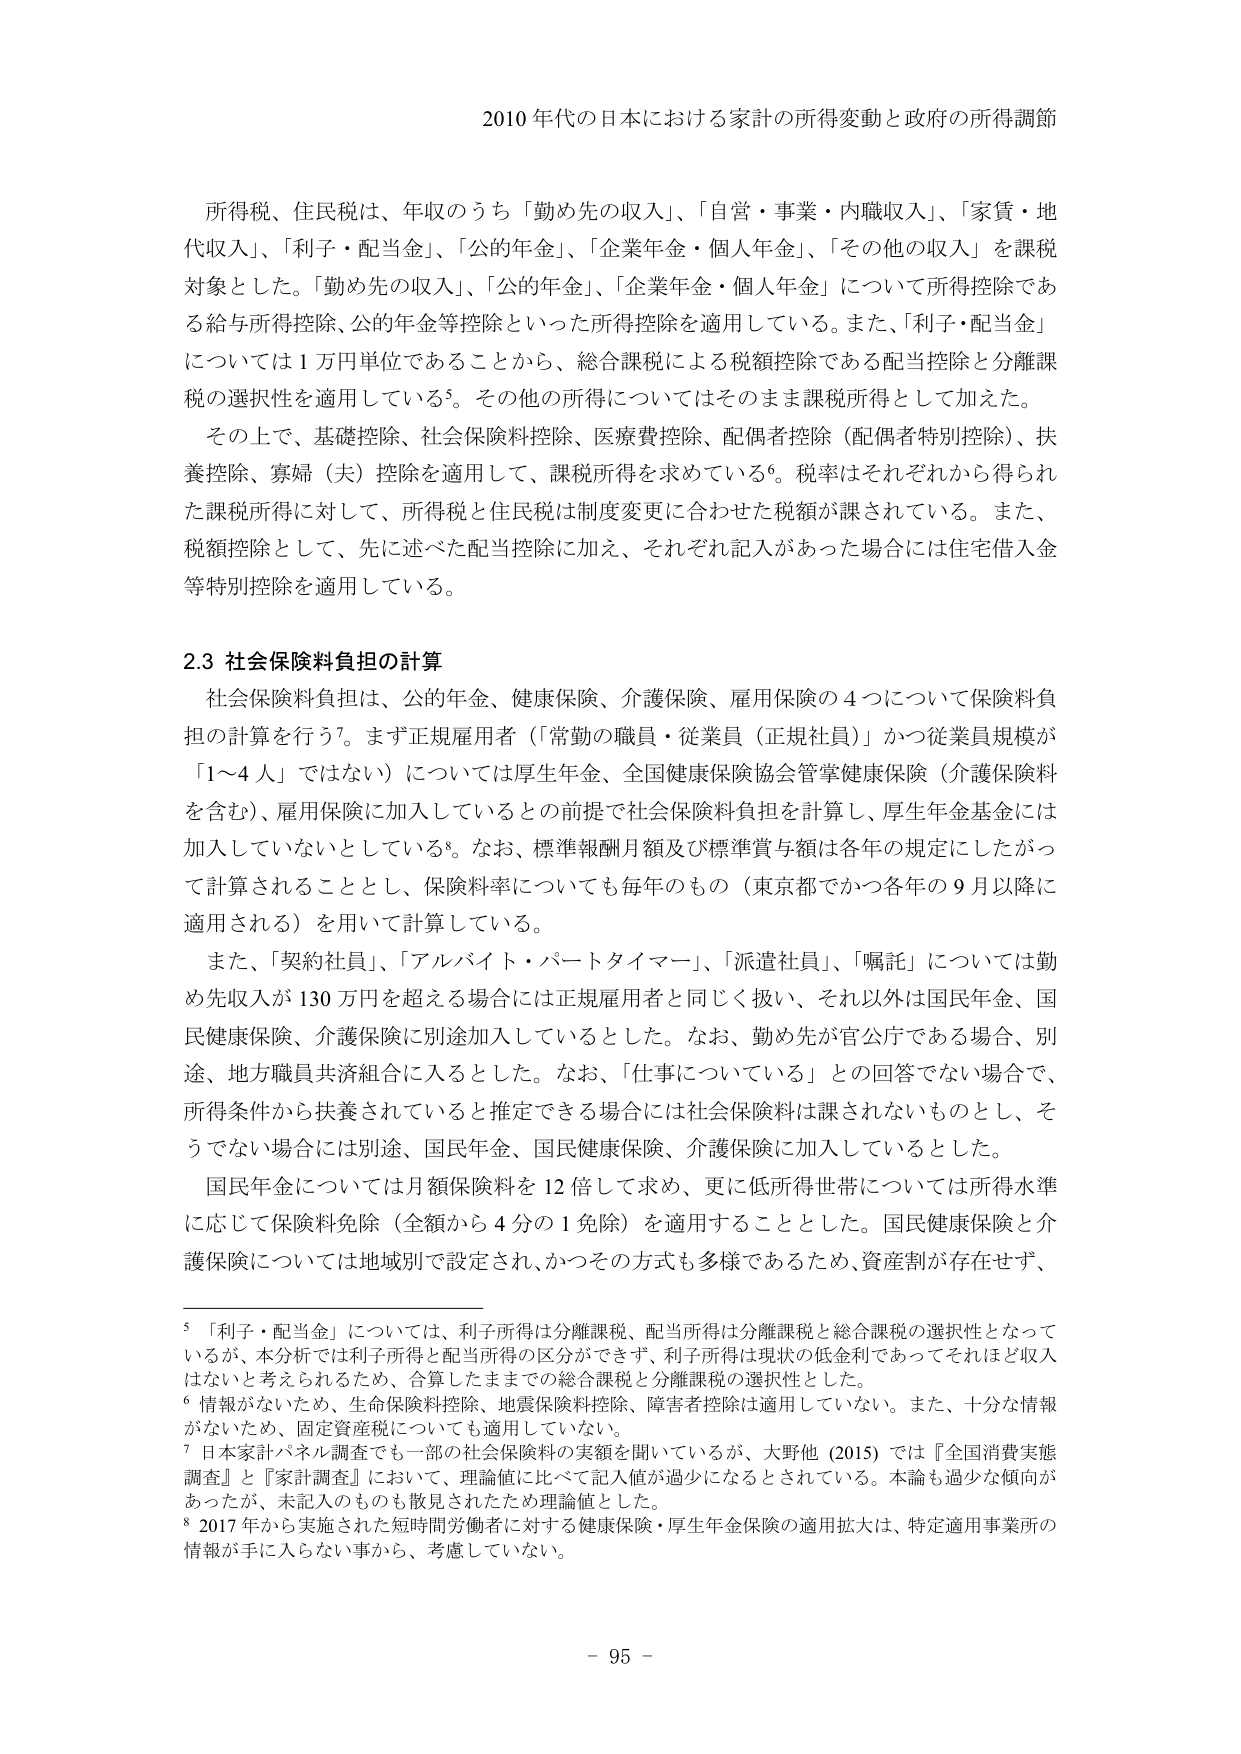
2010 年代の日本における家計の所得変動と政府の所得調節

所得税、住民税は、年収のうち「勤め先の収入」、「自営・事業・内職収入」、「家賃・地代収入」、「利子・配当金」、「公的年金」、「企業年金・個人年金」、「その他の収入」を課税対象とした。「勤め先の収入」、「公的年金」、「企業年金・個人年金」について所得控除である給与所得控除、公的年金等控除といった所得控除を適用している。また、「利子・配当金」については１万円単位であることから、総合課税による税額控除である配当控除と分離課税の選択性を適用している⁵。その他の所得についてはそのまま課税所得として加えた。

その上で、基礎控除、社会保険料控除、医療費控除、配偶者控除（配偶者特別控除）、扶養控除、寡婦（夫）控除を適用して、課税所得を求めている⁶。税率はそれぞれから得られた課税所得に対して、所得税と住民税は制度変更に合わせた税額が課されている。また、税額控除として、先に述べた配当控除に加え、それぞれ記入があった場合には住宅借入金等特別控除を適用している。

2.3 社会保険料負担の計算

社会保険料負担は、公的年金、健康保険、介護保険、雇用保険の４つについて保険料負担の計算を行う⁷。まず正規雇用者（「常勤の職員・従業員（正規社員）」かつ従業員規模が「1～4人」ではない）については厚生年金、全国健康保険協会管掌健康保険（介護保険料を含む）、雇用保険に加入しているとの前提で社会保険料負担を計算し、厚生年金基金には加入していないとしている⁸。なお、標準報酬月額及び標準賞与額は各年の規定にしたがって計算されることとし、保険料率についても毎年のもの（東京都でかつ各年の９月以降に適用される）を用いて計算している。

また、「契約社員」、「アルバイト・パートタイマー」、「派遣社員」、「嘱託」については勤め先収入が130万円を超える場合には正規雇用者と同じく扱い、それ以外は国民年金、国民健康保険、介護保険に別途加入しているとした。なお、勤め先が官公庁である場合、別途、地方職員共済組合に入るとした。なお、「仕事についている」との回答でない場合で、所得条件から扶養されていると推定できる場合には社会保険料は課されないものとし、そうでない場合には別途、国民年金、国民健康保険、介護保険に加入しているとした。

国民年金については月額保険料を12倍して求め、更に低所得世帯については所得水準に応じて保険料免除（全額から4分の1免除）を適用することとした。国民健康保険と介護保険については地域別で設定され、かつその方式も多様であるため、資産割が存在せず、

⁵ 「利子・配当金」については、利子所得は分離課税、配当所得は分離課税と総合課税の選択性となっているが、本分析では利子所得と配当所得の区分ができず、利子所得は現状の低金利であってそれほど収入はないと考えられるため、合算したままでの総合課税と分離課税の選択性とした。

⁶ 情報がないため、生命保険料控除、地震保険料控除、障害者控除は適用していない。また、十分な情報がないため、固定資産税についても適用していない。

⁷ 日本家計パネル調査でも一部の社会保険料の実額を聞いているが、大野他（2015）では『全国消費実態調査』と『家計調査』において、理論値に比べて記入値が過少になるとされている。本論も過少な傾向があったが、未記入のものも散見されたため理論値とした。

⁸ 2017年から実施された短時間労働者に対する健康保険・厚生年金保険の適用拡大は、特定適用事業所の情報が手に入らない事から、考慮していない。

- 95 -